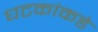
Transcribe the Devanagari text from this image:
घटकांकडे